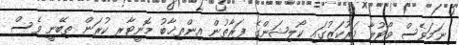
ނަމަވެސް ވޯޓުލާ މަރުކަޒުގައި ކޯލިޝަންގެ ފަރާތުން އިންތިޚާބު މޮނީޓާރ ކުރަން ތިބޭނީ ވެސް